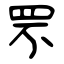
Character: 罘